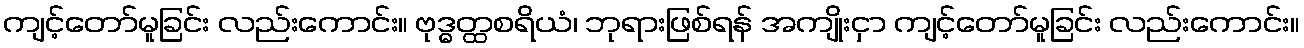
ကျင့်တော်မူခြင်း လည်းကောင်း။ ဗုဒ္ဓတ္ထစရိယံ၊ ဘုရားဖြစ်ရန် အကျိုးငှာ ကျင့်တော်မူခြင်း လည်းကောင်း။